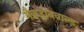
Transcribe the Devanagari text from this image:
मैकडोनवाल्ड